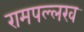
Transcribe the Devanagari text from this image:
रामपल्लख